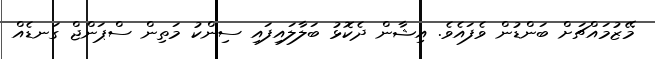
މޭޒުމައްޗަށް ބަންޑުން ވެފައެވެ. އިޝާން ދެކޮޅު ބަލާލައިފައި ސިންކު މަތިން ސްޕަންޖް ގަނޑެއް